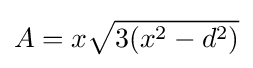
A=x{\sqrt {3(x^{2}-d^{2})}}